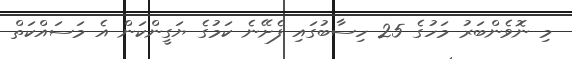
މި ނޮވެންބަރު މަހުގެ 25 ހިސާބުގައި ފެށޭނެ ކަމުގެ ޔަގީންކަން އެ މަސައްކަތް